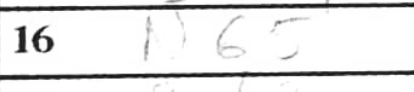
Transcription: Nb5